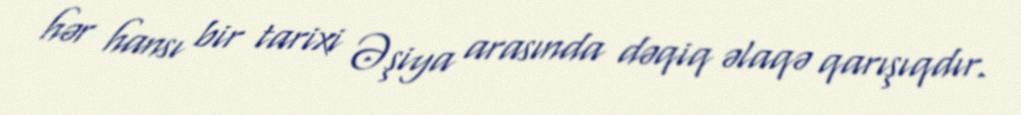
hər hansı bir tarixi Əşiya arasında dəqiq əlaqə qarışıqdır.